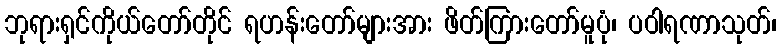
ဘုရားရှင်ကိုယ်တော်တိုင် ရဟန်းတော်များအား ဖိတ်ကြားတော်မူပုံ၊ ပဝါရဏာသုတ်၊